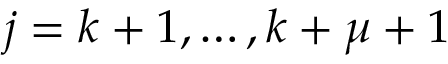
j = k + 1 , \ldots , k + \mu + 1